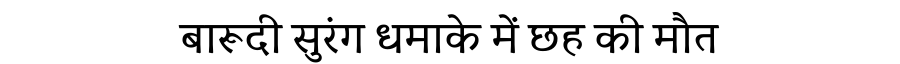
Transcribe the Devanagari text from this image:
बारूदी सुरंग धमाके में छह की मौत